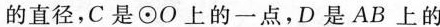
的直径，C是⊙O上的一点，D是AB上的